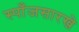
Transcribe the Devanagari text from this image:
स्पाँजसारखे